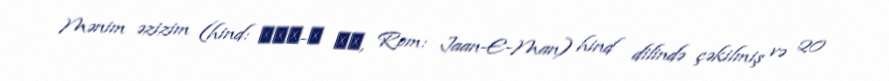
Mənim əzizim (hind: जान-ए मन, Rom: Jaan-E-Man) hind dilində çəkilmiş və 20